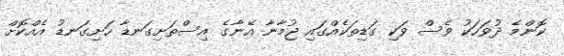
ކޮންމެ ދުވަހަކު ވެސް ވަކި ގަޑިތަކެއްގައި ޖުމާނާ އޭނާގެ އިސްތަށިގަނޑާ ހަށިގަނޑު އެއްކޮށް